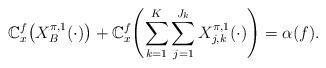
LaTeX: \begin{align*} \mathbb{C}_x^{f} \bigl(X_{B}^{\pi,1}(\cdot) \bigr) + \mathbb {C}_x^{f} \Biggl( \sum_{k=1}^K \sum_{j=1}^{J_k}X_{j,k}^{\pi,1}(\cdot) \Biggr) = \alpha(f).\end{align*}